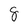
Character: 8